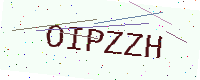
Text: OIPZZH